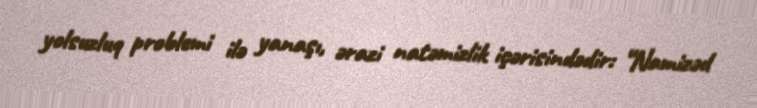
yolsuzluq problemi ilə yanaşı, ərazi natəmizlik içərisindədir: “Namizəd